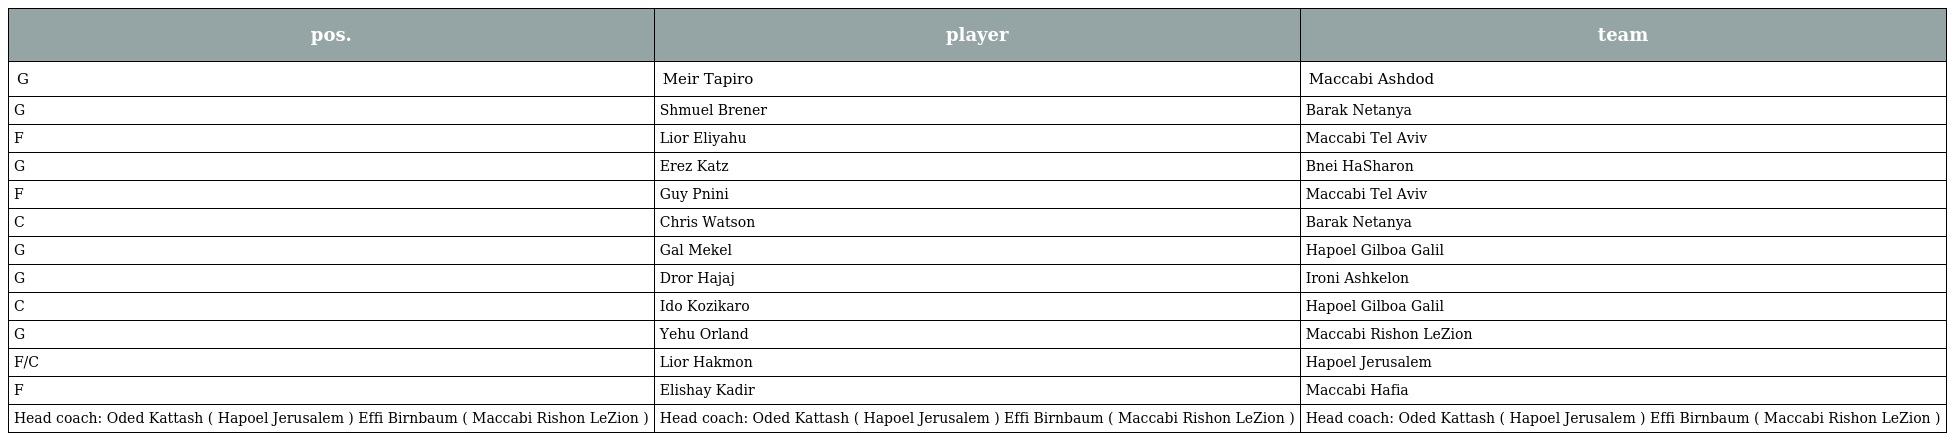
| pos. | player | team |
 | --- | --- | --- |
 | G | Meir Tapiro | Maccabi Ashdod |
 | G | Shmuel Brener | Barak Netanya |
 | F | Lior Eliyahu | Maccabi Tel Aviv |
 | G | Erez Katz | Bnei HaSharon |
 | F | Guy Pnini | Maccabi Tel Aviv |
 | C | Chris Watson | Barak Netanya |
 | G | Gal Mekel | Hapoel Gilboa Galil |
 | G | Dror Hajaj | Ironi Ashkelon |
 | C | Ido Kozikaro | Hapoel Gilboa Galil |
 | G | Yehu Orland | Maccabi Rishon LeZion |
 | F/C | Lior Hakmon | Hapoel Jerusalem |
 | F | Elishay Kadir | Maccabi Hafia |
 | Head coach: Oded Kattash ( Hapoel Jerusalem ) Effi Birnbaum ( Maccabi Rishon LeZion ) | Head coach: Oded Kattash ( Hapoel Jerusalem ) Effi Birnbaum ( Maccabi Rishon LeZion ) | Head coach: Oded Kattash ( Hapoel Jerusalem ) Effi Birnbaum ( Maccabi Rishon LeZion ) |